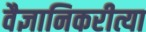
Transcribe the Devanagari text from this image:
वैज्ञानिकरीत्या